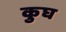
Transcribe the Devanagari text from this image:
कुघ